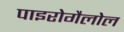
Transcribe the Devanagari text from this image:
पाइरोगैलोल